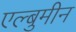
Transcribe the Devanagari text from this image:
एल्बुमीन